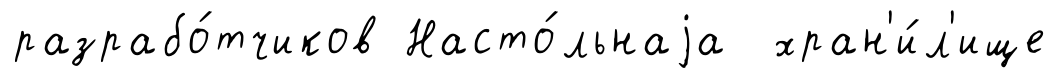
разрабо́тчиков Насто́льнаjа хран'и́л'ище